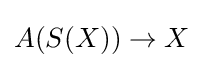
A(S(X))\to X